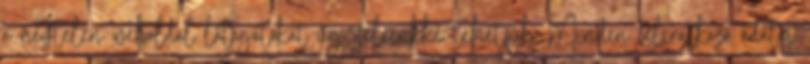
a névtelen weboldal látogatókat ügyfeleinkké tehetjük. Minden feliratkozó adatai